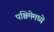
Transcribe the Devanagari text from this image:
पश्चिमेमध्ये